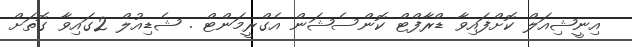
އިނީޝިއަލް ކޮށްފައިވާ ޑްރާފްޓް ކޮންސެޝަން އެގްރީމަންޓް . ޝެޑިއުލް 2ގައިވާ ގޮތަށް